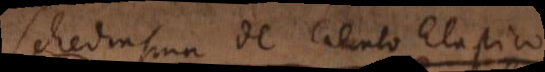
Schediasma de Calculo Elastico